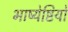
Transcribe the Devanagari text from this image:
भाष्येष्टियों